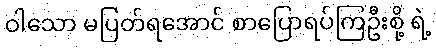
ဝါသော မပြတ်ရအောင် စာပြောရပ်ကြဦးစို့ ရဲ့